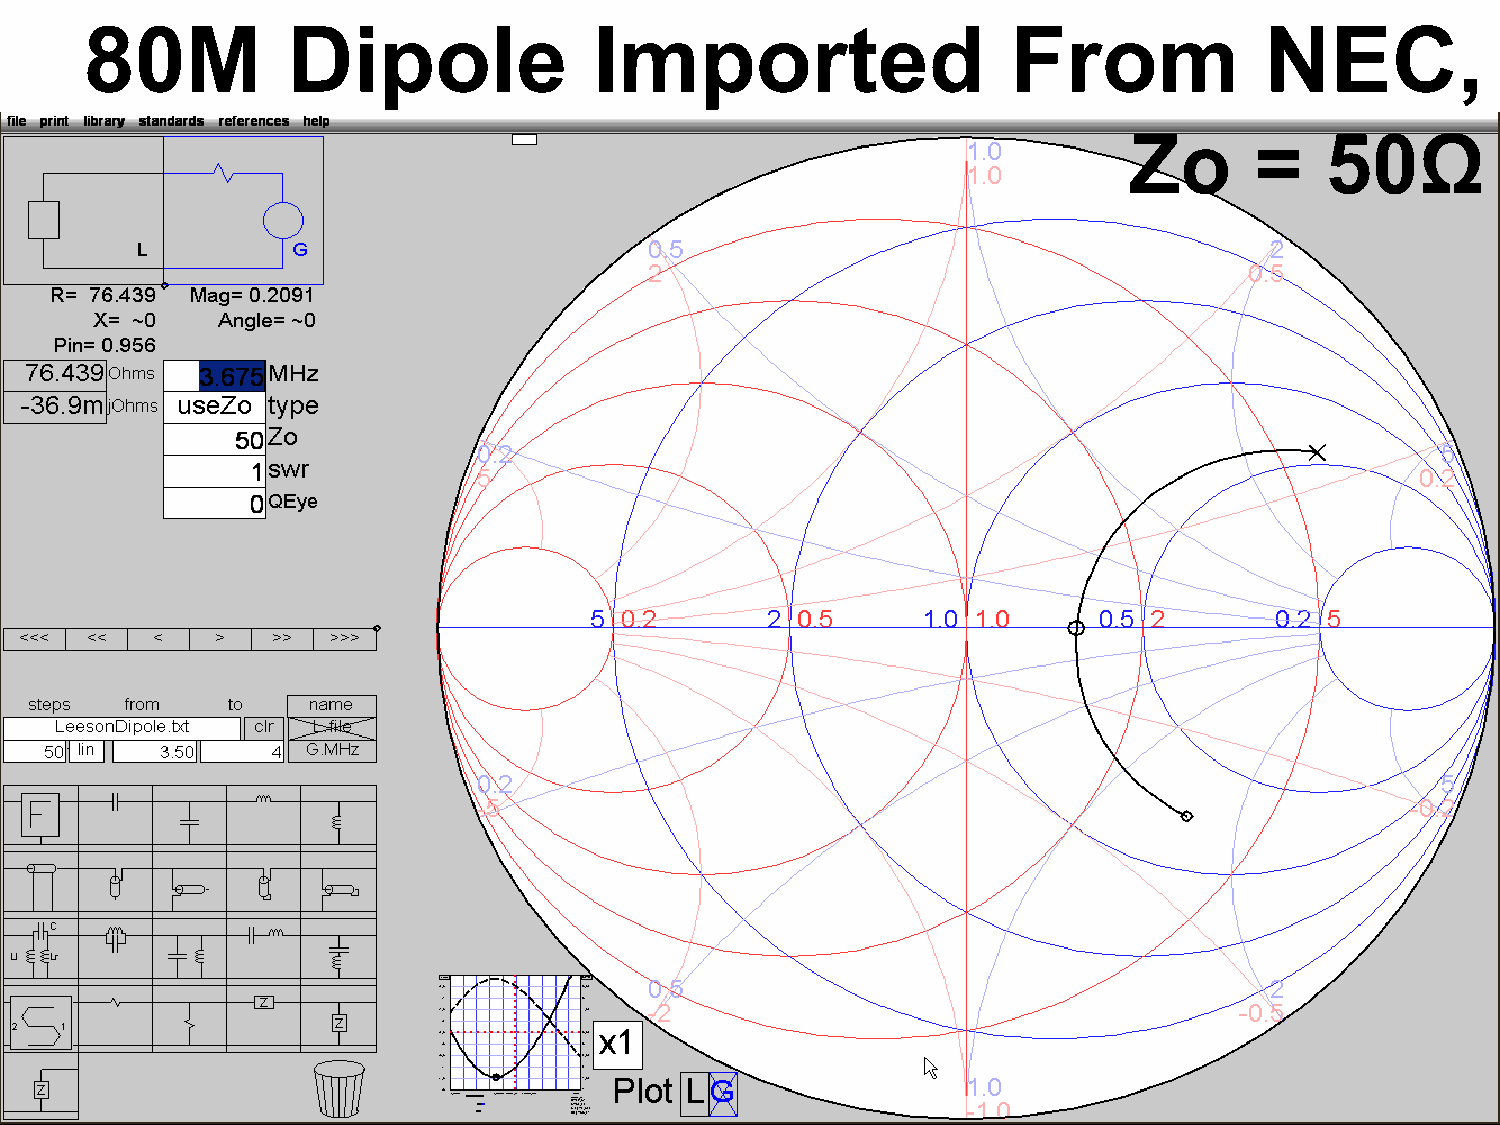
80M          Dipole              Imported                    From             NEC,
 Zo      =    50Ω